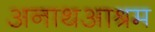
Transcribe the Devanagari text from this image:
अनाथआश्रम